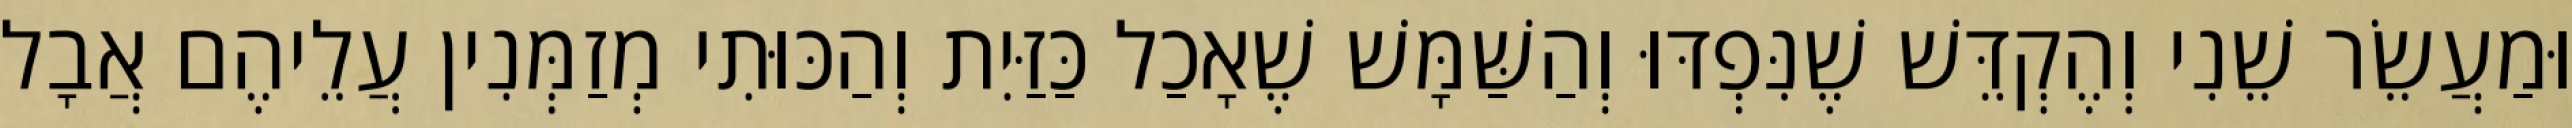
וּמַעֲשֵׂר שֵׁנִי וְהֶקְדֵּשׁ שֶׁנִּפְדּוּ וְהַשַּׁמָּשׁ שֶׁאָכַל כַּזַּיִת וְהַכּוּתִי מְזַמְּנִין עֲלֵיהֶם אֲבָל